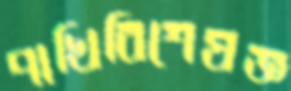
পাখিবিশেষজ্ঞ